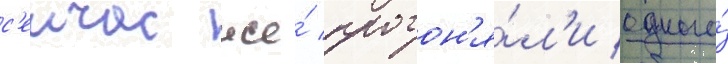
с'еичас же́ прогон'я́л'и одного́